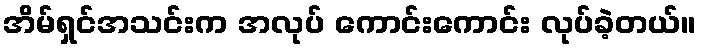
အိမ်ရှင်အသင်းက အလုပ် ကောင်းကောင်း လုပ်ခဲ့တယ်။